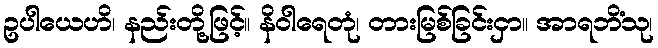
ဥပါယေဟိ၊ နည်းတို့ဖြင့်။ နိဝါရေတုံ၊ တားမြစ်ခြင်းငှာ။ အာရဘိံသု၊